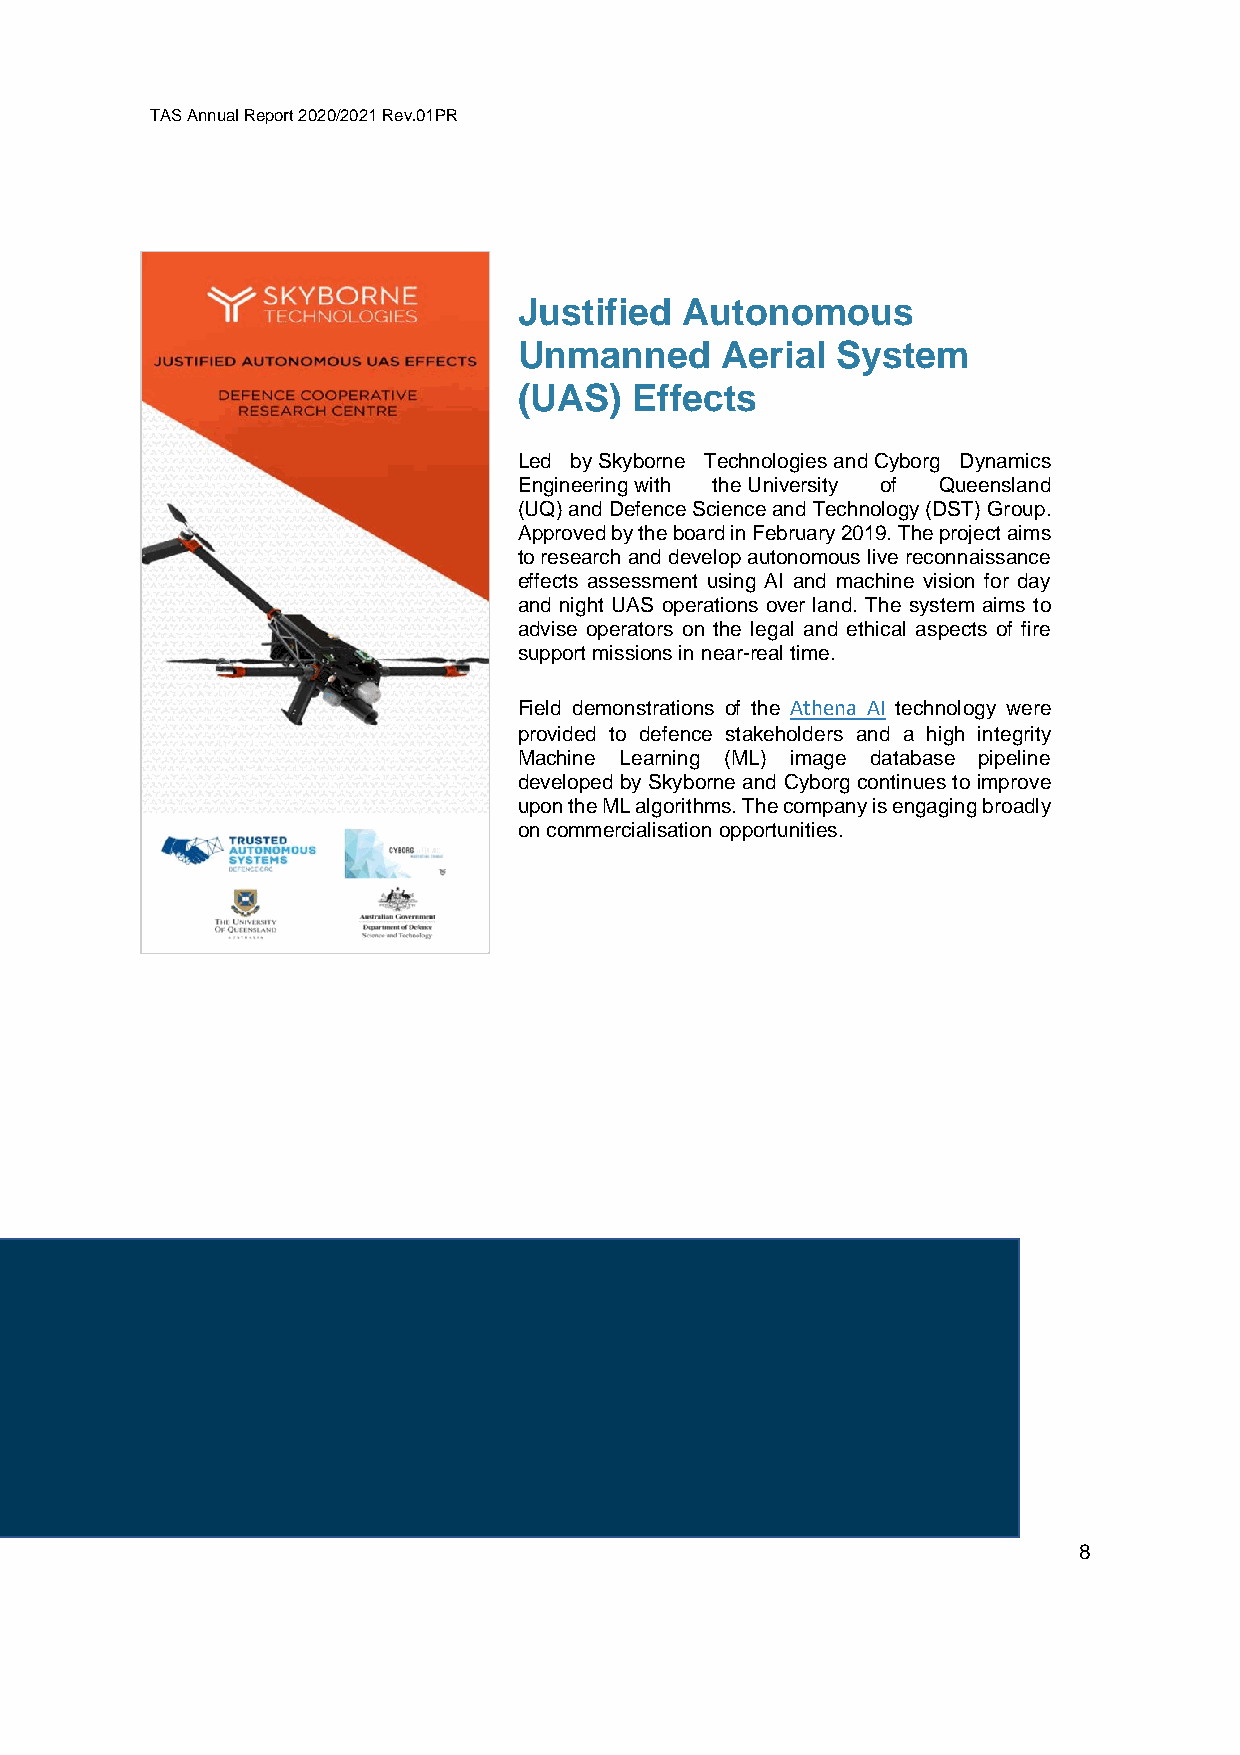
TAS Annual Report 2020/2021 Rev.01PR
 Justified  Autonomous
 Unmanned      Aerial System
 (UAS)   Effects
 Led by Skyborne Technologies and Cyborg Dynamics
 Engineering with the University of Queensland
 (UQ) and Defence Science and Technology (DST) Group.
 Approved by the board in February 2019. The project aims
 to research and develop autonomous live reconnaissance
 effects assessment using AI and machine vision for day
 and night UAS operations over land. The system aims to
 advise operators on the legal and ethical aspects of fire
 support missions in near-real time.
 Field demonstrations of the Athena AI technology were
 provided to defence stakeholders and a high integrity
 Machine Learning (ML) image database pipeline
 developed by Skyborne and Cyborg continues to improve
 upon the ML algorithms. The company is engaging broadly
 on commercialisation opportunities.
 8